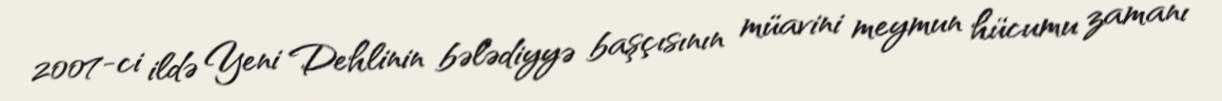
2007-ci ildə Yeni Dehlinin bələdiyyə başçısının müavini meymun hücumu zamanı